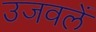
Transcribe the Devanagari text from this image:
उजवलें